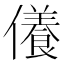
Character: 𠐒